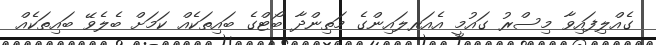
ގެއްލިފައިވާ މިސްރު ގައުމީ އެއަރލައިންގެ މަތިންދާ ބޯޓްގެ ބައިތަކެއް ކަމަށް ބެލެވޭ ބައިތަކެއް